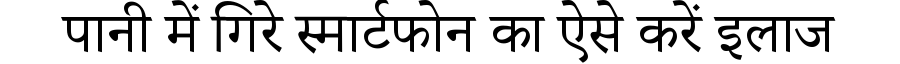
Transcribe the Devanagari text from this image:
पानी में गिरे स्मार्टफोन का ऐसे करें इलाज